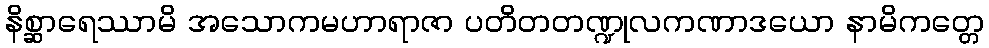
နိစ္ဆာရေဿာမိ အသောကမဟာရာဇာ ပတိတတဏ္ဍုလကဏာဒယော နာမိကတ္တေ